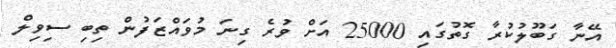
އޭނާ ގަބޫލުކުރާ ގޮތުގައި 25000 އަށް ވުރެ ގިނަ މުވައްޒަފުން ތިބި ސިވިލް